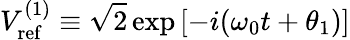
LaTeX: V_{\mathrm{ref}}^{(1)}\equiv\sqrt{2}\exp\left[-i(\omega_{0}t+\theta_{1})\right]